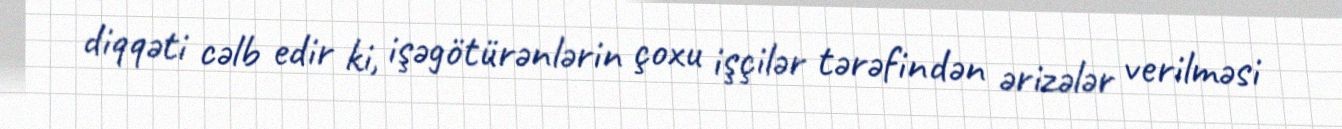
diqqəti cəlb edir ki, işəgötürənlərin çoxu işçilər tərəfindən ərizələr verilməsi